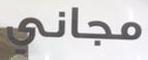
مجاني